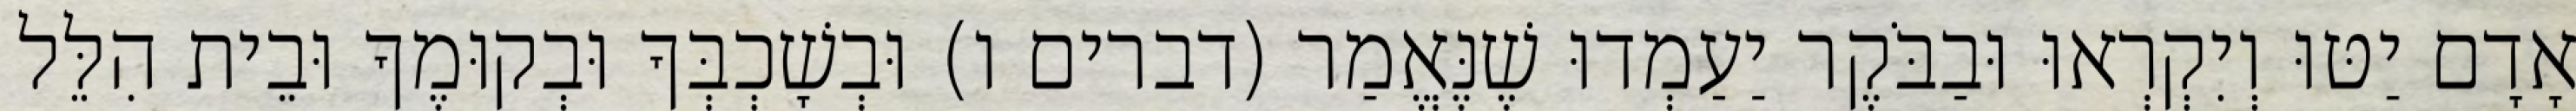
אָדָם יַטּוּ וְיִקְרְאוּ וּבַבֹּקֶר יַעַמְדוּ שֶׁנֶּאֱמַר (דברים ו) וּבְשָׁכְבְּךָ וּבְקוּמֶךָ וּבֵית הִלֵּל